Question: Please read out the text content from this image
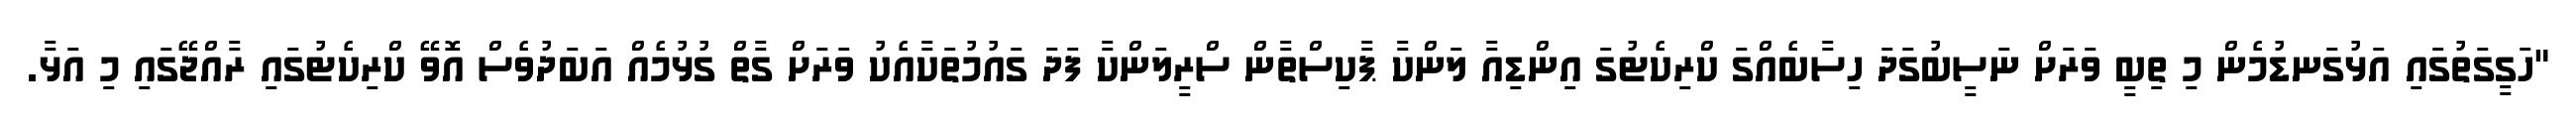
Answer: "ހަގީގަތުގައި އަޅުގަނޑުމެން މި ތިބީ ވަރަށް ނަސީބުގަދަ ހިސާބެއްގަ ކްރިކެޓުގަ އިންޑިއާ ލަންކާ ޕާކިސްތާން ސްރީލަންކާ ފަދަ ގައުމުތަކާއެކު ވަރަށް ގާތް ގުޅުމެއް އަބަދުވެސް އޮވޭ ކްރިކެޓުގައި ރާއްޖޭގައި މި އަޅާ.